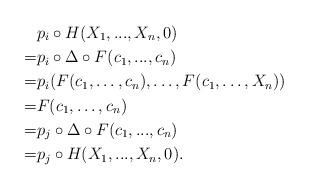
LaTeX: \begin{align*}&p_i \circ H (X_1,...,X_n,0)\\= & p_i \circ \Delta \circ F (c_1,...,c_n)\\=&p_i(F(c_1,\dots,c_n),\dots,F(c_1,\dots, X_n))\\=&F(c_1,\dots,c_n)\\=&p_j \circ \Delta \circ F (c_1,...,c_n)\\=&p_j \circ H (X_1,...,X_n,0).\end{align*}